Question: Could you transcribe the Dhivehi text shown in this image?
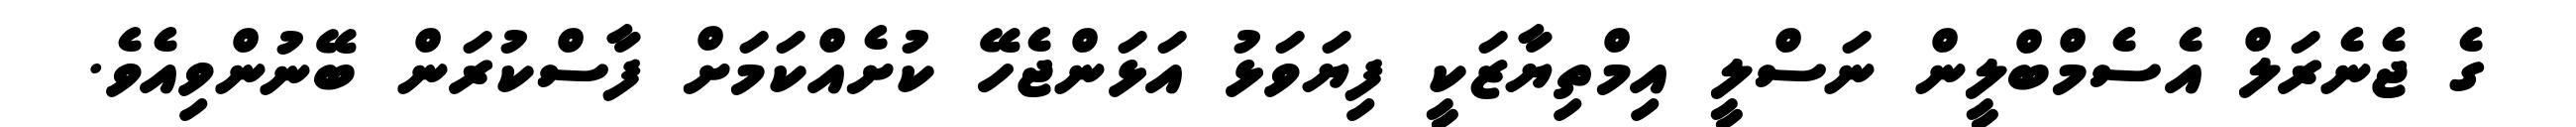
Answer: ގެ ޖެނެރަލް އެސެމްބްލީން ނަސްލީ އިމްތިޔާޒަކީ ފިޔަވަޅު އަޅަންޖެހޭ ކުށެއްކަމަށް ފާސްކުރަން ބޭނުންވިއެވެ.